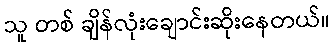
သူ တစ် ချိန်လုံးချောင်းဆိုးနေတယ်။